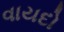
વાયદો